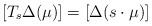
LaTeX: \begin{align*}[T_s\Delta(\mu)]=[\Delta(s\cdot\mu)]\end{align*}